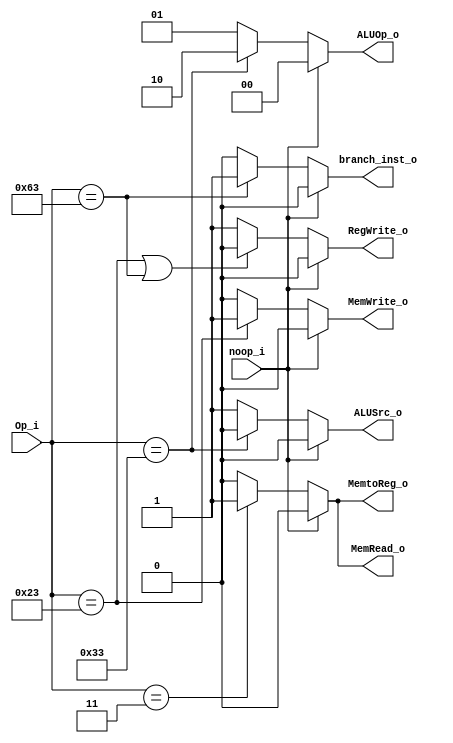
module Control
(
    ALUOp_o,
    ALUSrc_o,
    RegWrite_o,
    MemWrite_o,
    MemRead_o,
    MemtoReg_o,
    Op_i,
    noop_i,
    branch_inst_o
);

input  [6:0]   Op_i;
output reg ALUSrc_o;
output reg [1:0]   ALUOp_o;
output reg RegWrite_o;
output reg MemRead_o;
output reg MemWrite_o;
output reg MemtoReg_o;
input noop_i;
output reg branch_inst_o;



always @(*) begin
    if (noop_i == 1'b1) begin
        ALUSrc_o = 1'b0;
        RegWrite_o = 1'b0;
        ALUOp_o = 2'b00;
        MemRead_o = 1'b0;
        MemWrite_o = 1'b0;
        MemtoReg_o = 1'b0;
        branch_inst_o = 1'b0;
    end
    else begin
         if (Op_i == 7'b0110011) begin
             ALUSrc_o = 1'b0;
         end
         else begin
             ALUSrc_o = 1'b1;
         end

         if (Op_i == 7'b0100011 || Op_i == 7'b1100011 ) begin
             RegWrite_o = 1'b0;
         end
         else begin
             RegWrite_o = 1'b1;
         end

         
         if (Op_i == 7'b0110011) begin
             ALUOp_o = 2'b10;
         end
         else begin
             ALUOp_o = 2'b01;    //b01 is immediate type
         end

         
         if (Op_i == 7'b0000011) begin
             MemRead_o = 1'b1;
         end
         else begin
             MemRead_o = 1'b0;
         end

         
         if (Op_i == 7'b0100011) begin
             MemWrite_o = 1'b1;
         end
         else begin
             MemWrite_o = 1'b0;
         end

         
         if (Op_i == 7'b0000011) begin
             MemtoReg_o = 1'b1;
         end
         else begin
             MemtoReg_o = 1'b0;
         end

          if (Op_i == 7'b1100011) begin
             branch_inst_o = 1'b1;
         end
         else begin
             branch_inst_o = 1'b0;
         end
    end
end

endmodule